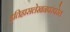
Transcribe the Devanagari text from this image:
इतिहासलेखनपरंपरेत